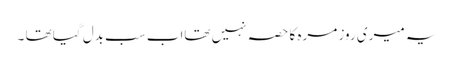
یہ میری روز مرہ کا حصہ نہیں تھااب سب بدل گیا تھا ۔